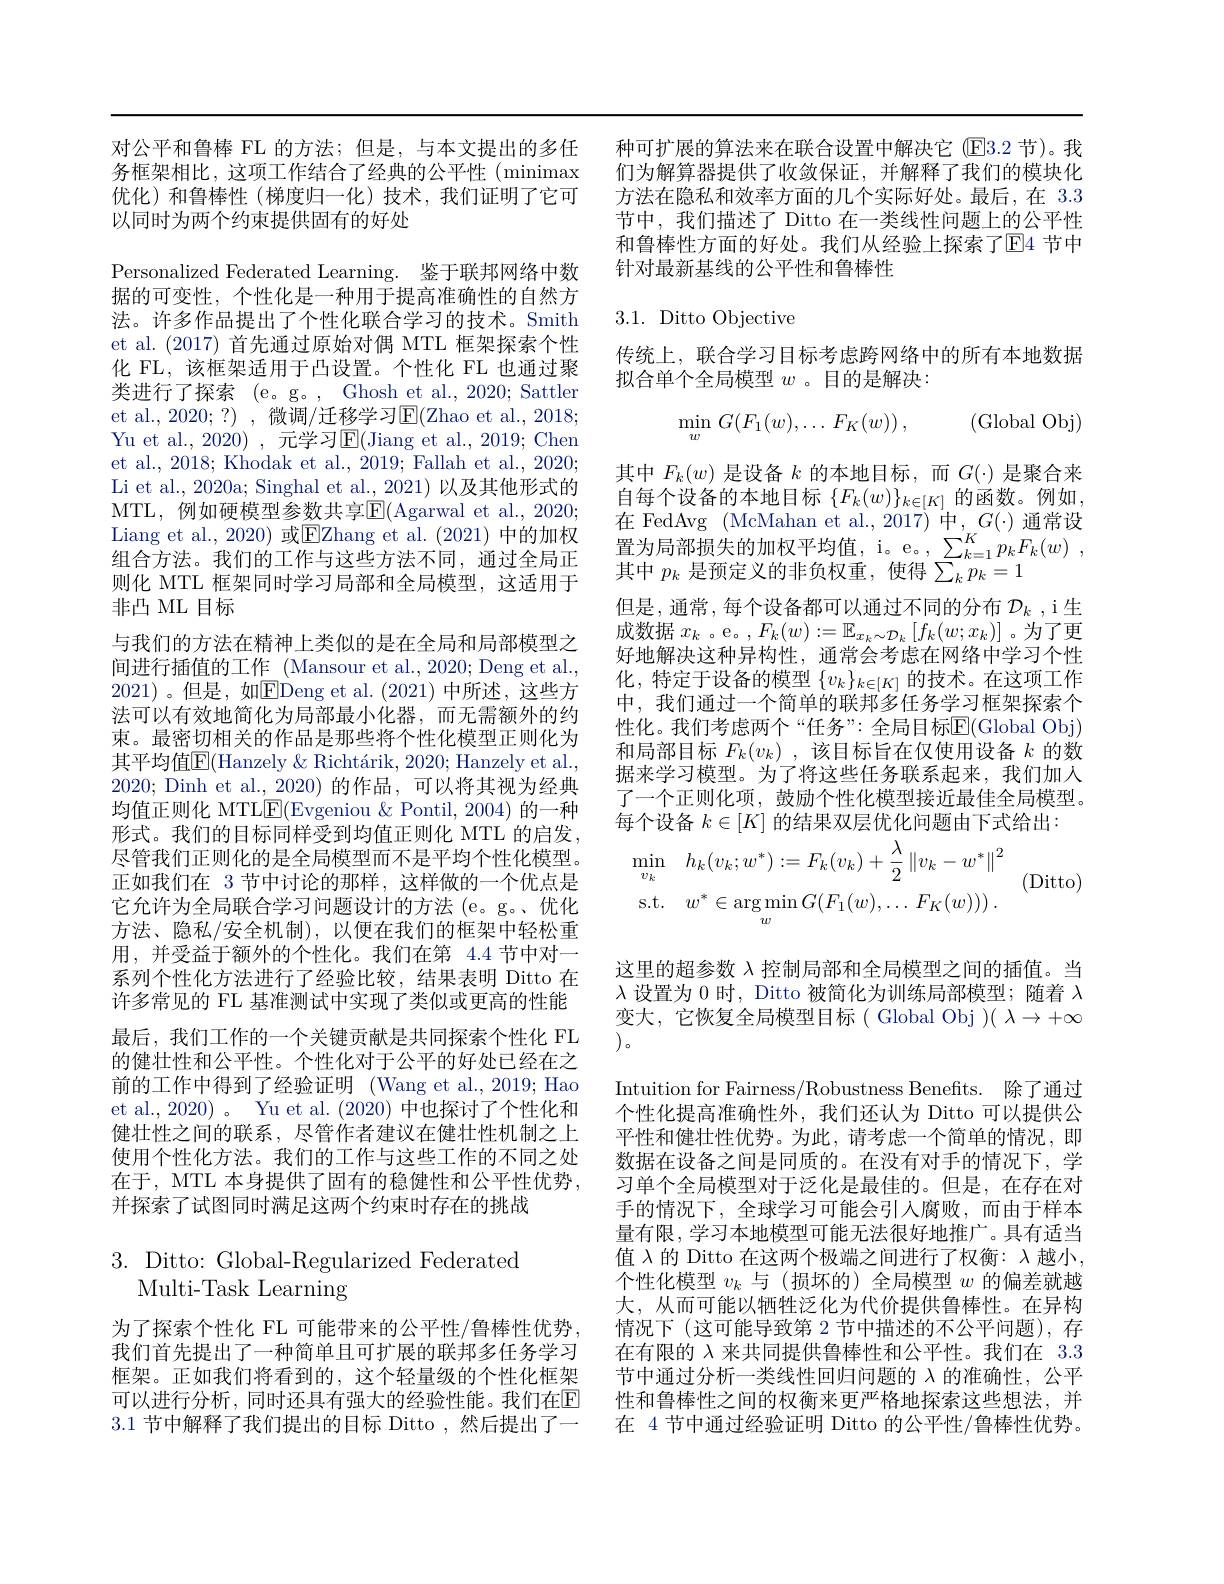
对公平和鲁棒 FL 的方法；但是，与本文提出的多任务框架相比，这项工作结合了经典的公平性(minimax 优化)和鲁棒性(梯度归一化)技术，我们证明了它可以同时为两个约束提供固有的好处

Personalized Federated Learning. 鉴于联邦网络中数据的可变性，个性化是一种用于提高准确性的自然方法。许多作品提出了个性化联合学习的技术。Smith et al. (2017)首先通过原始对偶 MTL 框架探索个性化 FL, 该框架适用于凸设置。个性化 FL 也通过聚类进行了探索 (e。g。, Ghosh et al., 2020; Sattler et al., 2020; ?) , 微调/迁移学习$\underline{\mathrm{E}}($Zhao et al., 2018; Yu et al., 2020) , 元学习E(Jiang et al., 2019; Chen et al., 2018; Khodak et al., 2019; Fallah et al., 2020; Li et al., 2020a; Singhal et al., 2021) 以及其他形式的MTL, 例如硬模型参数共享$\boxed{\mathrm{F}}($Agarwal et al., 2020; Liang et al., 2020) 或$\underline{\mathrm{E}}$Zhang et al.(2021) 中的加权组合方法。我们的工作与这些方法不同，通过全局正则化 MTL 框架同时学习局部和全局模型，这适用于非凸 ML 目标
与我们的方法在精神上类似的是在全局和局部模型之间进行插值的工作\_ (Mansour et al.,2020; Deng et al., 2021) 。但是，如$\boxed{\mathrm{E}}$Deng et al.(2021)中所述，这些方法可以有效地简化为局部最小化器，而无需额外的约束。最密切相关的作品是那些将个性化模型正则化为其平均值$\mathbb{E}($Hanzely &Richtárik, 2020; Hanzely et al., 2020; Dinh et al., 2020)的作品，可以将其视为经典均值正则化 MTLE(Evgeniou & Pontil, 2004) 的一种形式。我们的目标同样受到均值正则化 MTL 的启发， 尽管我们正则化的是全局模型而不是平均个性化模型。正如我们在 3 节中讨论的那样，这样做的一个优点是它允许为全局联合学习问题设计的方法 (e。g。、优化方法、隐私/安全机制),以便在我们的框架中轻松重用，并受益于额外的个性化。我们在第 4.4 节中对一系列个性化方法进行了经验比较，结果表明 Ditto 在许多常见的 FL 基准测试中实现了类似或更高的性能最后，我们工作的一个关键贡献是共同探索个性化 FL 的健壮性和公平性。个性化对于公平的好处已经在之前的工作中得到了经验证明 (Wang et al., 2019; Hao et al., 2020)。Yu et al. (2020)中也探讨了个性化和健壮性之间的联系，尽管作者建议在健壮性机制之上使用个性化方法。我们的工作与这些工作的不同之处在于，MTL 本身提供了固有的稳健性和公平性优势， 并探索了试图同时满足这两个约束时存在的挑战

# $3.{\mathrm{~Ditto:~Global-Regularized~Federated}}$ Multi-Task Learning

为了探索个性化 FL 可能带来的公平性/鲁棒性优势， 我们首先提出了一种简单且可扩展的联邦多任务学习框架。正如我们将看到的，这个轻量级的个性化框架3.1节中解释了我们提出的目标 Ditto,然后提出了一

种可扩展的算法来在联合设置中解决它 (E3.2 节)。我们为解算器提供了收敛保证，并解释了我们的模块化方法在隐私和效率方面的几个实际好处。最后，在 3.3节中，我们描述了 Ditto 在一类线性问题上的公平性和鲁棒性方面的好处。我们从经验上探索了E4 节中针对最新基线的公平性和鲁棒性

## 3.1. Ditto Objective

传统上，联合学习目标考虑跨网络中的所有本地数据
拟合单个全局模型$w$ 。目的是解决：
$$\min_wG(F_1(w),\dots F_K(w)),\quad\text{(Global Obj)}$$
(Ditto)

其中$F_k(w)$是设备$k$的本地目标，而$G(\cdot)$是聚合来自每个设备的本地目标$\{F_k(w)\}_{k\in[K]}$的函数。例如， 在 FedAvg (McMahan et al.,2017)中，G(⋅)通常设置为局部损失的加权平均值，i。e。, $\sum _k= 1^Kp_kF_k( w)$ , 其中$p_k$是预定义的非负权重，使得$\sum_kp_k=1$
但是，通常，每个设备都可以通过不同的分布$\mathcal{D}_k$ ,i 生成数据$x_k$ 。e。$,F_k(w):=\mathbb{E}_{x_k\sim\mathcal{D}_k}\left[f_k(w;x_k)\right]$。为了更好地解决这种异构性，通常会考虑在网络中学习个性化，特定于设备的模型$\{v_k\}_{k\in[K]}$的技术。在这项工作中，我们通过一个简单的联邦多任务学习框架探索个性化。我们考虑两个“任务”: 全局目标$\overline{\mathrm{E}}($Global Obj) 和局部目标$F_k(v_k)$ ,该目标旨在仅使用设备$k$的数据来学习模型。为了将这些任务联系起来，我们加人了一个正则化项，鼓励个性化模型接近最佳全局模型。每个设备$k\in[K]$的结果双层优化问题由下式给出：
$$\min_{v_{k}}\quad h_{k}(v_{k};w^{*}):=F_{k}(v_{k})+\frac{\lambda}{2}\left\|v_{k}-w^{*}\right\|^{2}\\\mathrm{s.t.}\quad w^{*}\in\arg\min_{w}G(F_{1}(w),\ldots\:F_{K}(w)))\:.$$
这里的超参数$\lambda$控制局部和全局模型之间的插值。当$\lambda$设置为 0 时，Ditto 被简化为训练局部模型；随着$\lambda$ 变大，它恢复全局模型目标( Global Obj $)(\lambda\to+\infty$ $\left)。\right)$。
Intuition for Fairness/Robustness Benefits. 除了通过个性化提高准确性外，我们还认为 Ditto 可以提供公平性和健壮性优势。为此，请考虑一个简单的情况，即数据在设备之间是同质的。在没有对手的情况下，学习单个全局模型对于泛化是最佳的。但是，在存在对手的情况下，全球学习可能会引入腐败，而由于样本量有限，学习本地模型可能无法很好地推广。具有适当值$\lambda$的 Ditto 在这两个极端之间进行了权衡：$\lambda$越小， 个性化模型$v_k$与 (损坏的)全局模型$w$的偏差就越大，从而可能以牺牲泛化为代价提供鲁棒性。在异构情况下 (这可能导致第 2 节中描述的不公平问题),存在有限的$\lambda$来共同提供鲁棒性和公平性。我们在 3.3节中通过分析一类线性回归问题的$\lambda$的准确性，公平
可以进行分析，同时还具有强大的经验性能。我们在$\mathbb{E}$ 性和鲁棒性之间的权衡来更严格地探索这些想法，并
在 4 节中通过经验证明 Ditto 的公平性/鲁棒性优势。